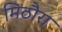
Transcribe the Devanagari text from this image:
मिठौरा